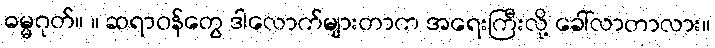
ဓမ္မဂုတ်။ ။ ဆရာဝန်တွေ ဒါလောက်များတာက အရေးကြီးလို့ ခေါ်လာတာလား။